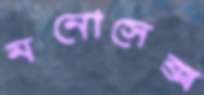
মনোসেক্স